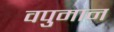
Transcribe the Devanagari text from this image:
वपुमान